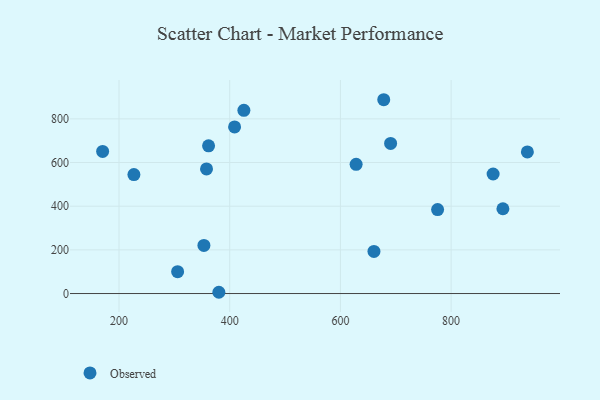
{"axis": {"x": "Price", "y": "Exam Score"}, "legend": ["Observed"], "data": [{"x": "353.4", "y": 220.4, "type": "Observed"}, {"x": "361.8", "y": 676.5, "type": "Observed"}, {"x": "775.6", "y": 384.5, "type": "Observed"}, {"x": "678.3", "y": 887.7, "type": "Observed"}, {"x": "660.6", "y": 193.1, "type": "Observed"}, {"x": "875.9", "y": 547.5, "type": "Observed"}, {"x": "305.9", "y": 100.1, "type": "Observed"}, {"x": "628.4", "y": 591.7, "type": "Observed"}, {"x": "226.9", "y": 544.9, "type": "Observed"}, {"x": "425.6", "y": 839.0, "type": "Observed"}, {"x": "893.6", "y": 388.3, "type": "Observed"}, {"x": "937.8", "y": 648.4, "type": "Observed"}, {"x": "380.4", "y": 5.8, "type": "Observed"}, {"x": "690.7", "y": 687.6, "type": "Observed"}, {"x": "408.8", "y": 763.1, "type": "Observed"}, {"x": "170.4", "y": 650.8, "type": "Observed"}, {"x": "358.1", "y": 570.6, "type": "Observed"}]}